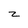
Character: z